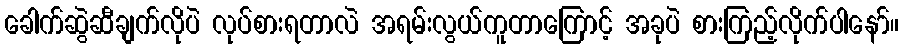
ခေါက်ဆွဲဆီချက်လိုပဲ လုပ်စားရတာလဲ အရမ်းလွယ်ကူတာကြောင့် အခုပဲ စားကြည့်လိုက်ပါနော်။